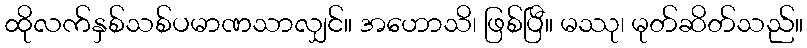
ထိုလက်နှစ်သစ်ပမာဏသာလျှင်။ အဟောသိ၊ ဖြစ်ပြီ။ မဿု၊ မုတ်ဆိတ်သည်။